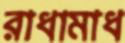
রাধামাধ